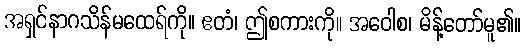
အရှင်နာဂသိန်မထေရ်ကို။ ဧတံ၊ ဤစကားကို။ အဝေါစ၊ မိန့်တော်မူ၏။